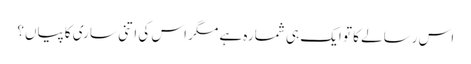
اس رسالے کا تو ایک ہی شمارہ ہے مگر اس کی اتنی ساری کاپیاں؟